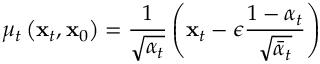
{ \mu } _ { t } \left( \mathbf { x } _ { t } , \mathbf { x } _ { 0 } \right) = \frac { 1 } { \sqrt { \alpha _ { t } } } \left( \mathbf { x } _ { t } - \epsilon \frac { 1 - \alpha _ { t } } { \sqrt { \bar { \alpha } _ { t } } } \right)